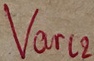
Text: Varl2